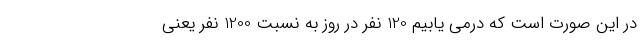
در این صورت است که درمی یابیم 120 نفر در روز به نسبت 1200 نفر یعنی